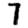
Digit: 7